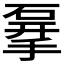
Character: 𥓨